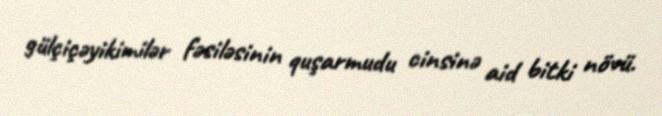
gülçiçəyikimilər fəsiləsinin quşarmudu cinsinə aid bitki növü.